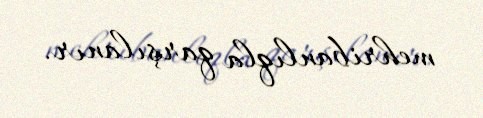
mehribanlıqla qarşılanır.